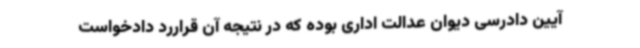
آیین دادرسی دیوان عدالت اداری بوده که در نتیجه آن قراررد دادخواست